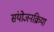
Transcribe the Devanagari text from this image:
संयोजनक्रिया